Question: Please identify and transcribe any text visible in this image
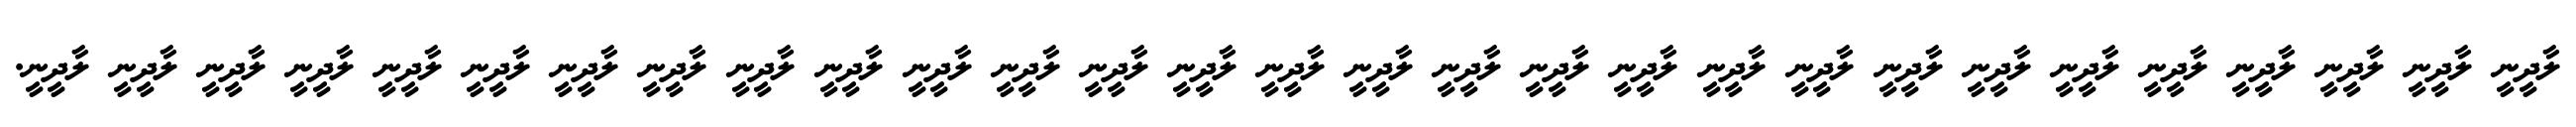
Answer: ލާދީނީ ލާދީނީ ލާދީނީ ލާދީނީ ލާދީނީ ލާދީނީ ލާދީނީ ލާދީނީ ލާދީނީ ލާދީނީ ލާދީނީ ލާދީނީ ލާދީނީ ލާދީނީ ލާދީނީ ލާދީނީ ލާދީނީ ލާދީނީ ލާދީނީ ލާދީނީ ލާދީނީ ލާދީނީ ލާދީނީ ލާދީނީ ލާދީނީ ލާދީނީ ލާދީނީ ލާދީނީ ލާދީނީ.